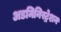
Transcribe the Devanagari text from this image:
अडमिनिस्ट्रेशन